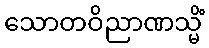
သောတဝိညာဏသ္မိံ